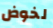
لخوض